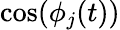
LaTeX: \cos(\phi_{j}(t))